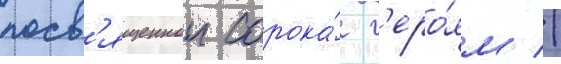
посв'ященнои сорока́ г'еро́ям //